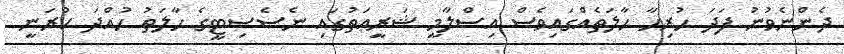
ދެންނެވުނު ފަދަ ހުރިހާ ޙާލަތެއްގައިވެސް އިސްލާމީ ޝަރީޢަތުގައި ނެސެސިޓީގެ ޙާލަތު ހުއްދަ ކުރަނީ